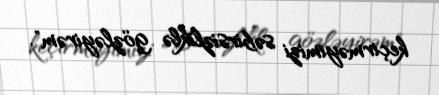
keçirməyimizi səbirsizliklə gözləyirəm".